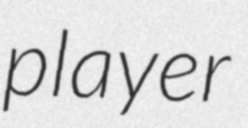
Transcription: player